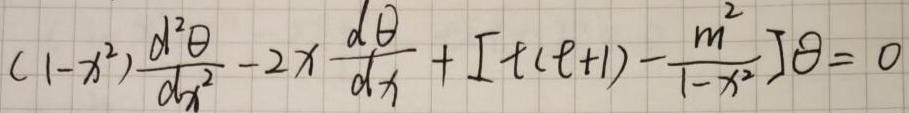
$(1 - x^{2})\frac{d^{2}\Theta}{dx^{2}} - 2x\frac{d\Theta}{dx} + \left[\ell(\ell + 1) - \frac{m^{2}}{1 - x^{2}}\right]\Theta = 0$